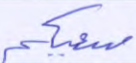
سعيكم